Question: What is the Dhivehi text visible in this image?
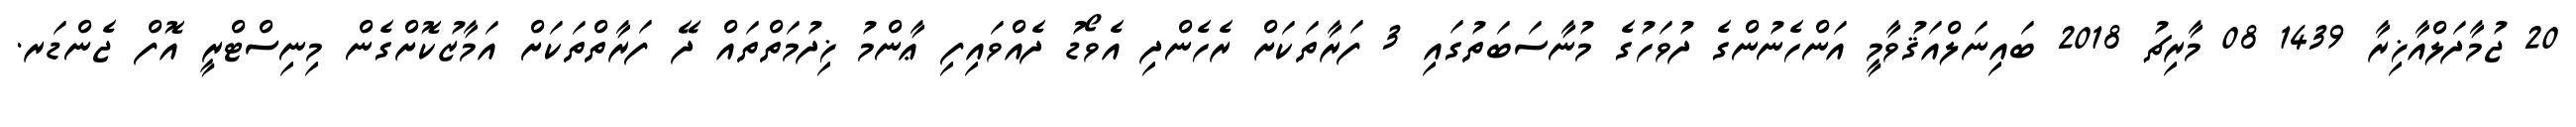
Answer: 20 ޖުމާދަލްއާޚިރާ 1439 08 މާރިޗު 2018 ބައިނަލްއަޤުވާމީ އަންހެނުންގެ ދުވަހުގެ މުނާސަބަތުގައި 3 ފަރާތަކަށް ރެހެންދި އެވޯޑު ދެއްވައިފި ޢާންމު ޚިދުމަތްތައް ދޭ ފަރާތްތަކަށް އަމާޒުކޮށްގެން މިނިސްޓްރީ އޮފް ޖެންޑަރ.